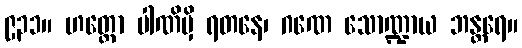
၉၃၁။ ဟတ္ထော ပါဏိမှိ ရတနေ၊ ဂဏေ သောဏ္ဍာယ ဘန္တရေ။